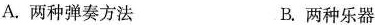
A.两种弹奏方法 B.两种乐器